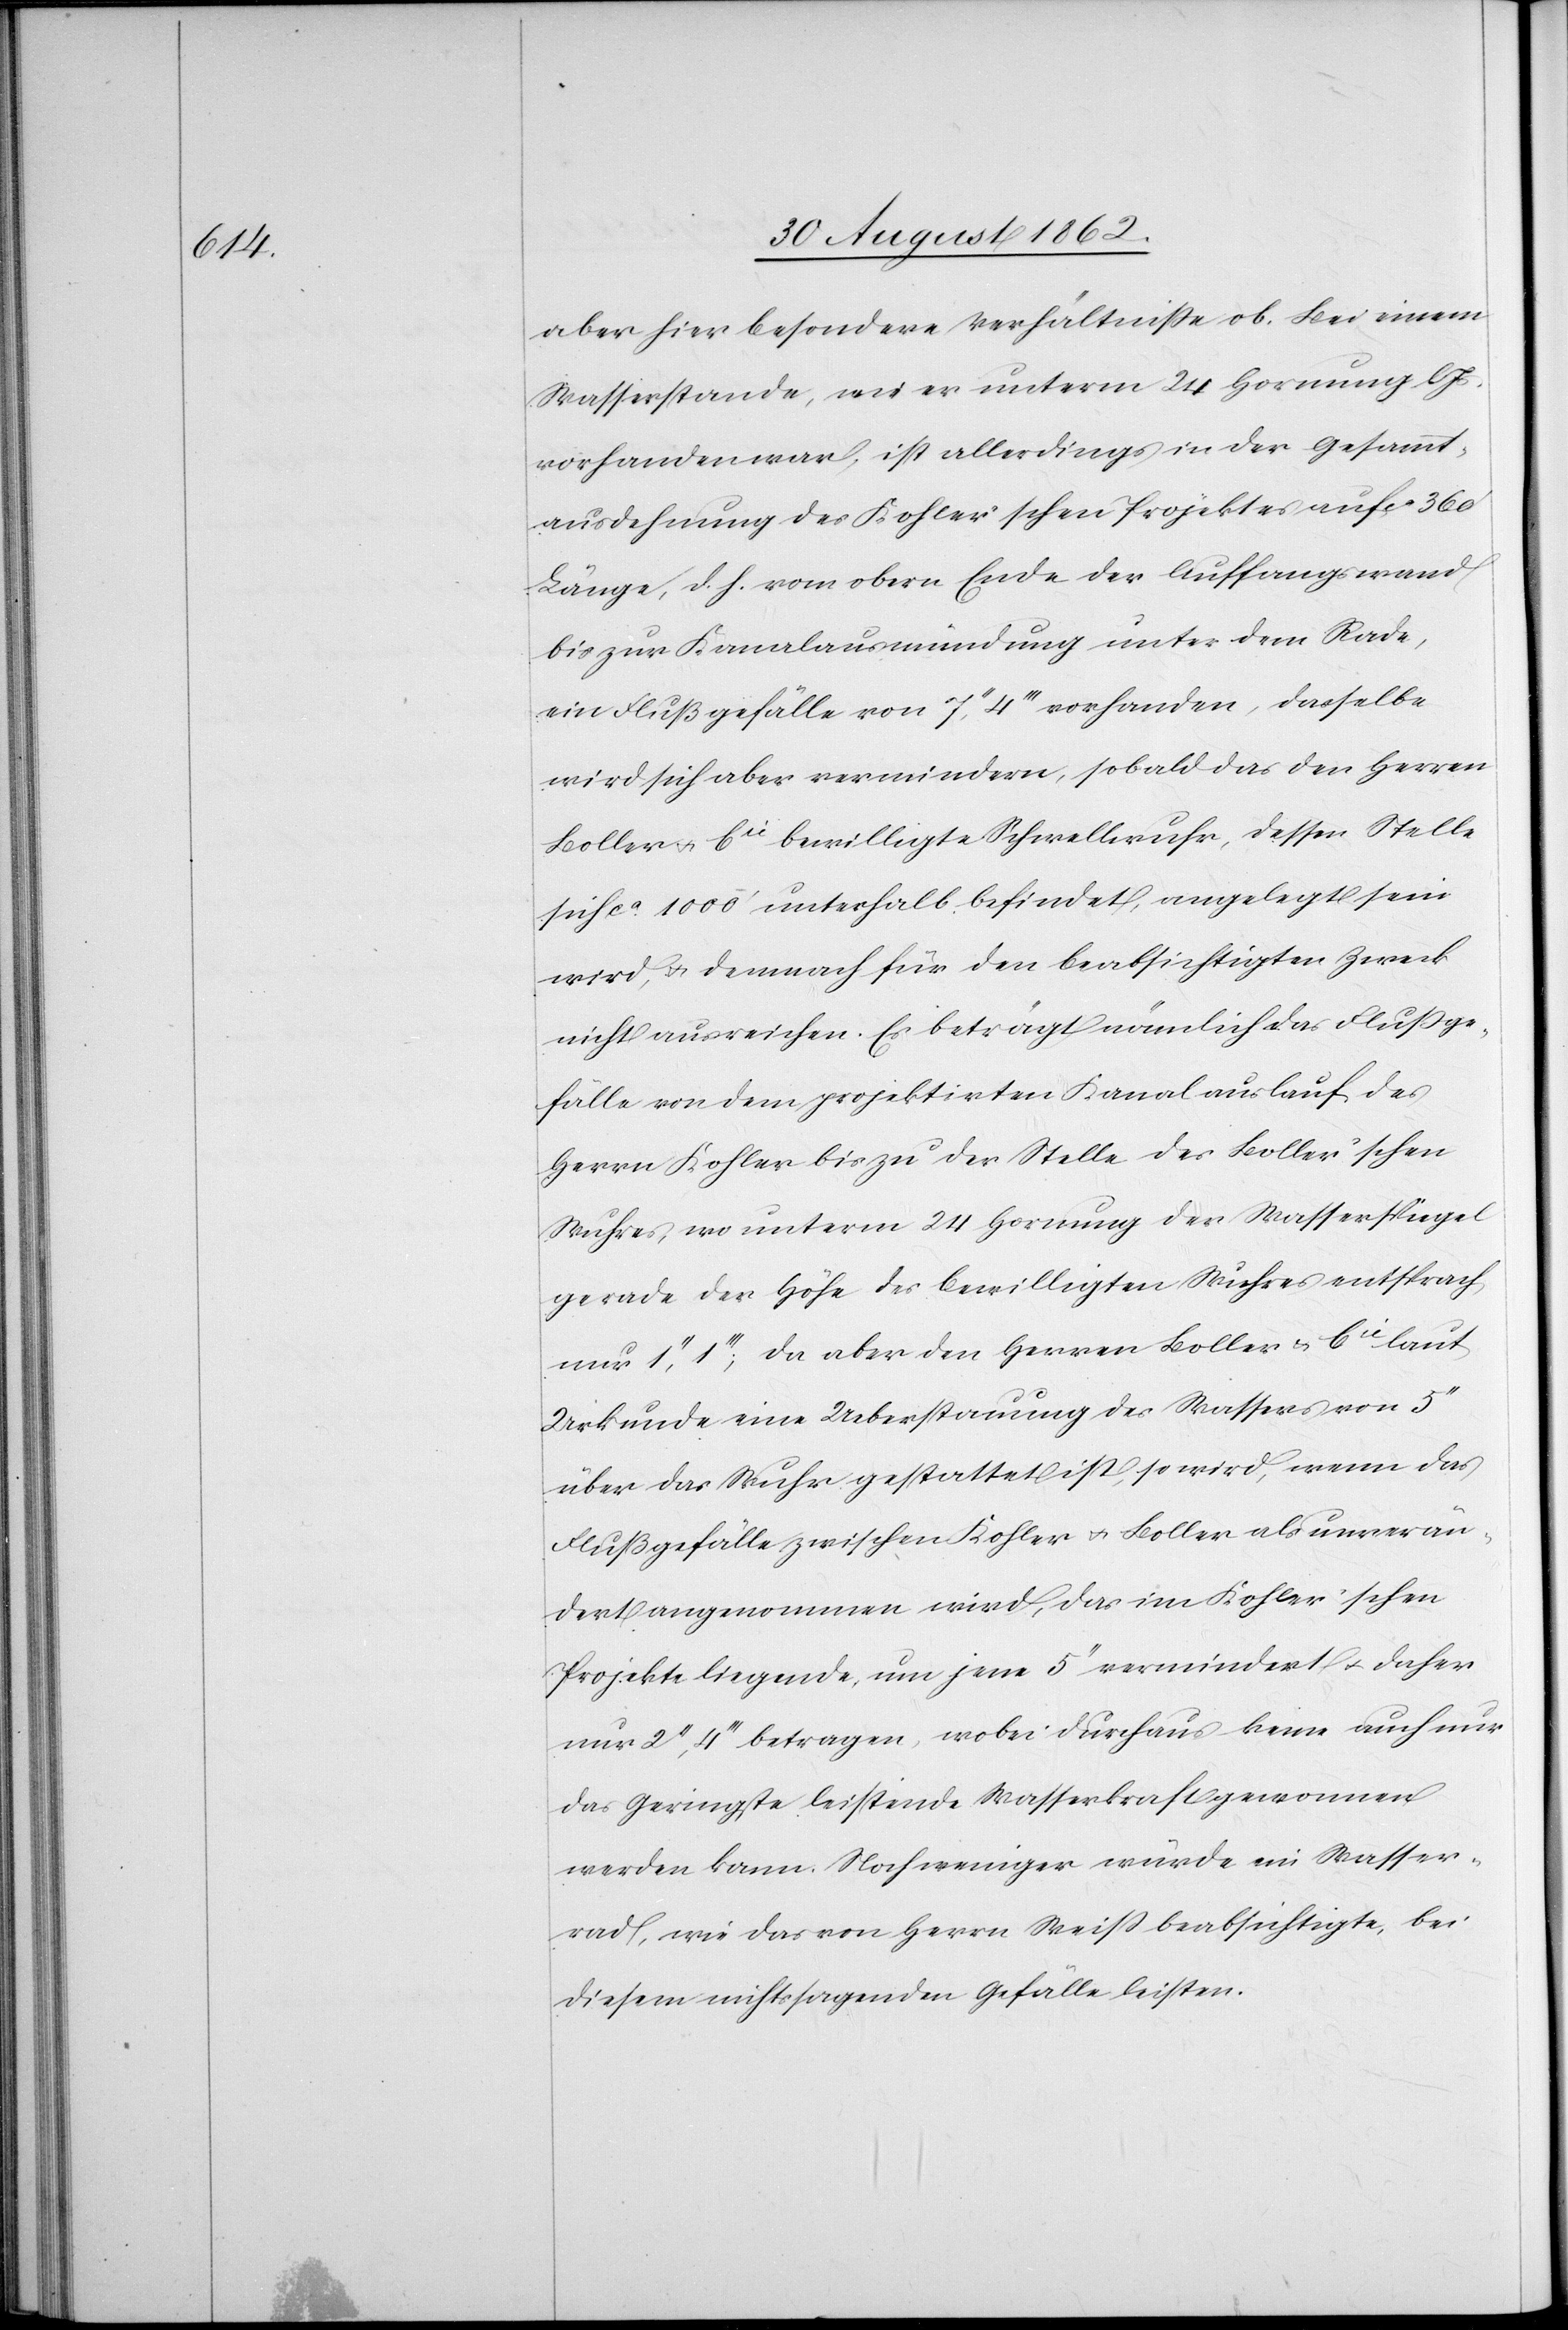
aber hier besondere Verhältnisse ob. Bei einem
Wasserstande, wo er unterm 24. Hornung l.
vorhanden war, ist allerdings in der Gesammt¬
ausdehnung des Kohler’schen Projektes auf ca 360’
Länge, d. h. vom obern Ende der Auffangswand
bis zur Kanalausmündung unter dem Rade,
ein Flußgefälle von 7’’,4’’’ vorhanden, dasselbe
wird sich aber vermindern, sobald das den Herren
Boller u. Cie bewilligte Schwellwuhr, dessen Stelle
sich ca 1000’ unterhalb befindet, angelegt sein
wird, u. demnach für den beabsichtigten Zweck
nicht ausreichen. Es beträgt nämlich das Flußge¬
fälle von dem projektirten Kanal Auslauf des
Herrn Kohler bis zu der Stelle des Boller’schen
Wuhres, wo unterm 24. Hornung der Wasserspiegel
gerade der Höhe des bewilligten Wuhres entsprach
nur 1’’,1’’’; da aber den Herren Boller u. Cie laut
Urkunde eine Ueberstauung des Wassers von 5’’
über das Wuhr gestattet ist, so wird, wenn das
Flußgefälle zwischen Kohler u. Boller als unverän¬
derlich angenommen wird, das im Kohler’schen
Projekte liegende, um jene 5’’ vermindert u. daher
nur 2’’,4’’’ betragen, wobei durchaus keine auch nur
das Geringste leistende Wasserkraft gewonnen
werden kann. Noch weniger würde ein Wasser¬
rad, wie das von Herr Weiß beabsichtigte, bei
diesem nichtssagenden Gefälle leisten.